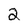
Character: 2